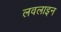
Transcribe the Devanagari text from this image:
लवलाइन